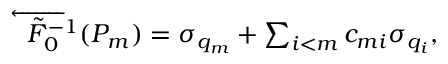
\begin{array} { r } { \overleftarrow { \tilde { F } _ { 0 } ^ { - 1 } } ( P _ { m } ) = \sigma _ { q _ { m } } + \sum _ { i < m } c _ { m i } \sigma _ { q _ { i } } , } \end{array}